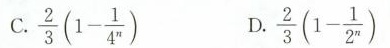
C.\frac{2}{3}(1-\frac{1}{4^n}) D.\frac{2}{3}(1-\frac{1}{2^n})